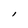
Character: l